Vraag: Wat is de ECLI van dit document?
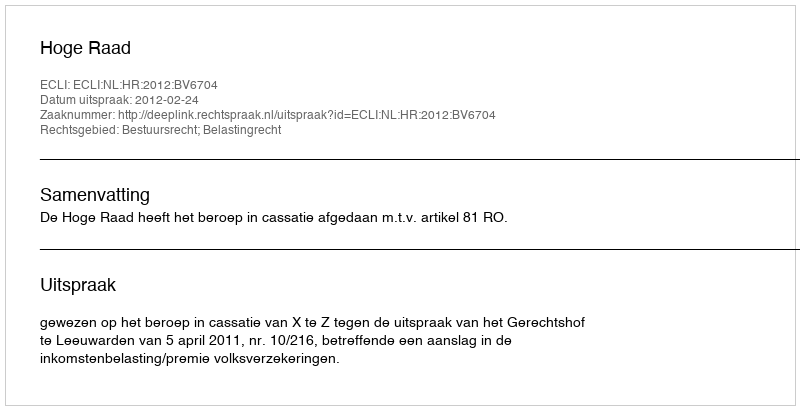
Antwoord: ECLI:NL:HR:2012:BV6704